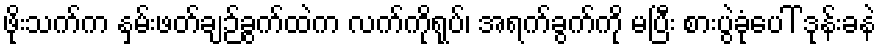
ဖိုးသက်က နှမ်းဖတ်ချဉ်ခွက်ထဲက လက်ကိုရုပ်၊ အရက်ခွက်ကို မပြီး စားပွဲခုံပေါ် ဒုန်းခနဲ